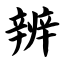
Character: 辨